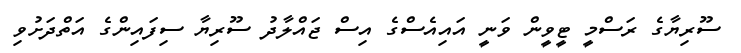
ސޫރިޔާގެ ރަސްމީ ޓީވީން ވަނީ އައިއެސްގެ އިސް ޖައްލާދު ސޫރިޔާ ސިފައިންގެ އަތްދަށުވި